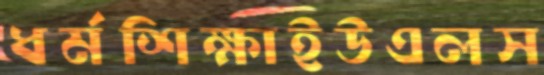
ধর্মশিক্ষাইউএলস